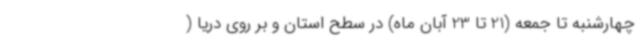
چهارشنبه تا جمعه (21 تا 23 آبان ماه) در سطح استان و بر روی دریا (